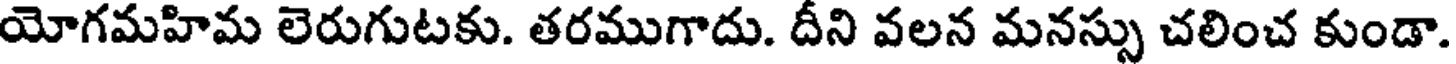
యోగమహిమ లెరుగుటకు. తరముగాదు. దీని వలన మనస్సు చలించ కుండా.